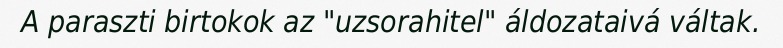
A paraszti birtokok az "uzsorahitel" áldozataivá váltak.